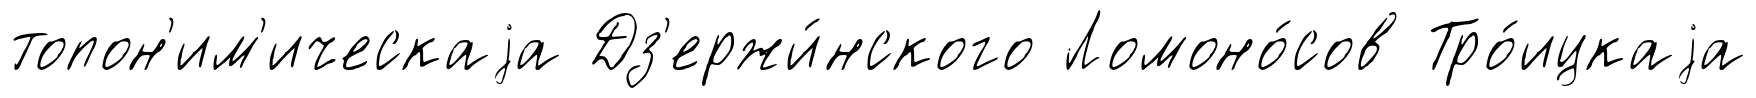
топон'им'ическаjа Дз'ержи́нского Ломоно́сов Тро́ицкаjа